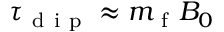
\tau _ { \mathrm { ~ d ~ i ~ p ~ } } \approx m _ { \mathrm { ~ f ~ } } B _ { 0 }